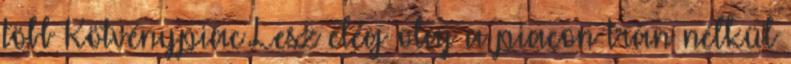
több Kötvénypiac Lesz elég olaj a piacon Irán nélkül